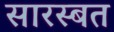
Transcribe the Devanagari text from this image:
सारस्बत